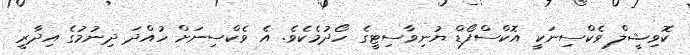
ކޮވިޝީލް ވެކްސިނަކީ އޮކްސްފޯޑް ޔުނިވާސިޓީގެ ހޯދުމެކެވެ. އެ ވެކްސިނަށް ހުއްދަ ދިނުމުގެ އިދާރީ